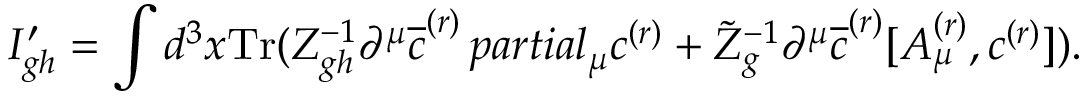
I _ { g h } ^ { \prime } = \int d ^ { 3 } x \mathrm { T r } ( Z _ { g h } ^ { - 1 } \partial ^ { \mu } \overline { { { c } } } ^ { ( r ) } \, p a r t i a l _ { \mu } c ^ { ( r ) } + \tilde { Z } _ { g } ^ { - 1 } \partial ^ { \mu } \overline { { { c } } } ^ { ( r ) } [ A _ { \mu } ^ { ( r ) } , c ^ { ( r ) } ] ) .